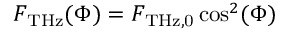
F _ { \mathrm { T H z } } ( \Phi ) = F _ { \mathrm { T H z , 0 } } \cos ^ { 2 } ( \Phi )